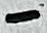
Text: -